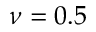
\nu = 0 . 5